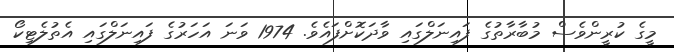
މީގެ ކުރީންވެސް މުބާރާތުގެ ފައިނަލްގައި ވާދަކޮށްފައެވެ. 1974 ވަނަ އަހަރުގެ ފައިނަލްގައި އެތުލެޓިކޯ